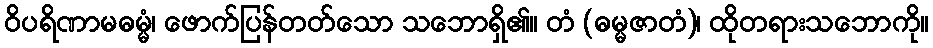
ဝိပရိဏာမဓမ္မံ၊ ဖောက်ပြန်တတ်သော သဘောရှိ၏။ တံ (ဓမ္မဇာတံ)၊ ထိုတရားသဘောကို။